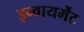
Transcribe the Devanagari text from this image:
इन्वायर्मेंट